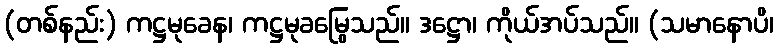
(တစ်နည်း) ကဋ္ဌမုခေန၊ ကဋ္ဌမုခမြွေသည်။ ဒဋ္ဌော၊ ကိုယ်အပ်သည်။ (သမာနောပိ၊